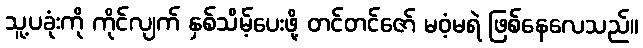
သူ့ပခုံးကို ကိုင်လျက် နှစ်သိမ့်ပေးဖို့ တင်တင်ဇော် မဝံ့မရဲ ဖြစ်နေလေသည်။